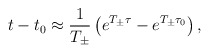
\begin{align*}t-t_0 \approx \frac{1}{T_{\pm}} \left( e^{T_{\pm} \tau} - e^{T_{\pm} \tau_0} \right),\end{align*}